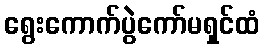
ရွေးကောက်ပွဲကော်မရှင်ထံ